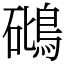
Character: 𥖧